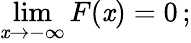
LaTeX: \operatorname*{lim}_{\mathit{x}\rightarrow-\infty}F(\mathit{x})=0\, ;